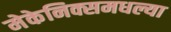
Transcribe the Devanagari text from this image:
मेकेनिक्समधल्या